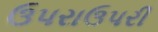
ઉપરાઉપરી